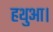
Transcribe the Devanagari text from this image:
हथुआ।